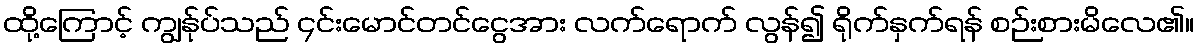
ထို့ကြောင့် ကျွန်ုပ်သည် ၄င်းမောင်တင်ငွေအား လက်ရောက် လွန်၍ ရိုက်နှက်ရန် စဉ်းစားမိလေ၏။